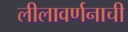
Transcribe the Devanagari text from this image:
लीलावर्णनाची